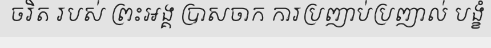
ចរិត របស់ ព្រះអង្គ ប្រាសចាក ការប្រញាប់ប្រញាល់ បង្ខំ